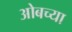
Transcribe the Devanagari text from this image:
ओबच्या